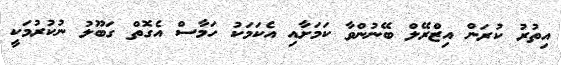
އިތުރު ކުރަން އިޒްރޭލް ބޭނުންވާ ކަމަށާއި އެކަމަކު ހަމާސް އެގޮތް ގަބޫލު ނުކުރުމަކީ